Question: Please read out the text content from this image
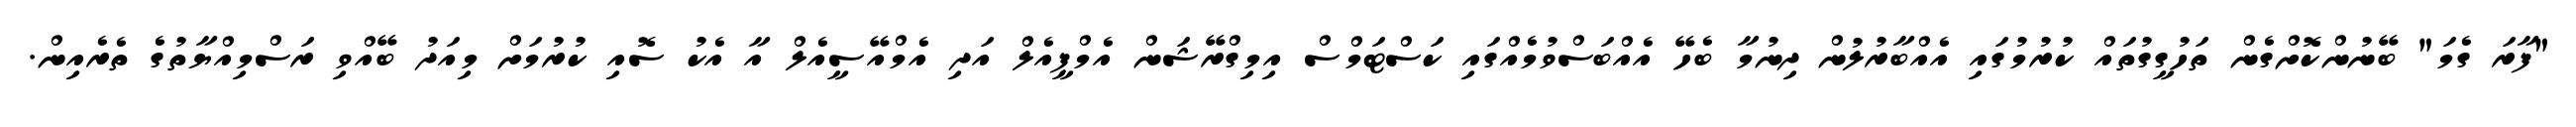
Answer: "ފާރަ ގެމަ" ބޭނުންކޮށްގެން ތަހުގީގުތައް ކުރުމުގައި އެއްބާރުލުން ދިނުމާ ބެހޭ އެއްބަސްވުމެއްގައި ކަސްޓަމްސް އިމިގްރޭޝަން އެމްޕީއެލް އަދި އެމްއޭސީއެލް އާ އެކު ސޮއި ކުރުމަށް މިއަދު ބޭއްވި ރަސްމިއްޔާތުގެ ތެރެއިން.